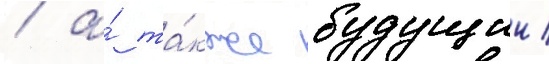
/ а́ та́кже будущии